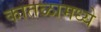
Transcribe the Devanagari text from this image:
कातळामध्ये